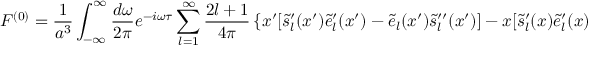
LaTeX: { \cal F } ^ { ( 0 ) } = { \frac { 1 } { a ^ { 3 } } } \int _ { - \infty } ^ { \infty } { \frac { d \omega } { 2 \pi } } e ^ { - i \omega \tau } \sum _ { l = 1 } ^ { \infty } { \frac { 2 l + 1 } { 4 \pi } } \left\{ x ^ { \prime } [ \tilde { s } _ { l } ^ { \prime } ( x ^ { \prime } ) \tilde { e } _ { l } ^ { \prime } ( x ^ { \prime } ) - \tilde { e } _ { l } ( x ^ { \prime } ) \tilde { s } _ { l } ^ { \prime \prime } ( x ^ { \prime } ) ] - x [ \tilde { s } _ { l } ^ { \prime } ( x ) \tilde { e } _ { l } ^ { \prime } ( x ) - \tilde { e } _ { l } ( x ) \tilde { s } _ { l } ^ { \prime \prime } ( x ) ] \right\} .